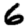
Digit: 6